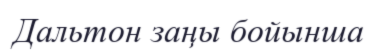
Дальтон заңы бойынша